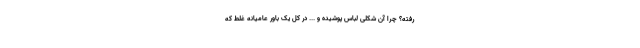
رفته؟ چرا آن شکلی لباس پوشیده و ... در کل یک باور عامیانه غلط که